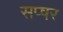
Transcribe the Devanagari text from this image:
सप्षर